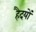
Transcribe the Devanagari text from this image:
हैदयों